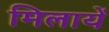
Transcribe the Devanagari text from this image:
मिलायें